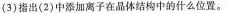
(3)指出(2)中添加离子在晶体结构中的什么位置。